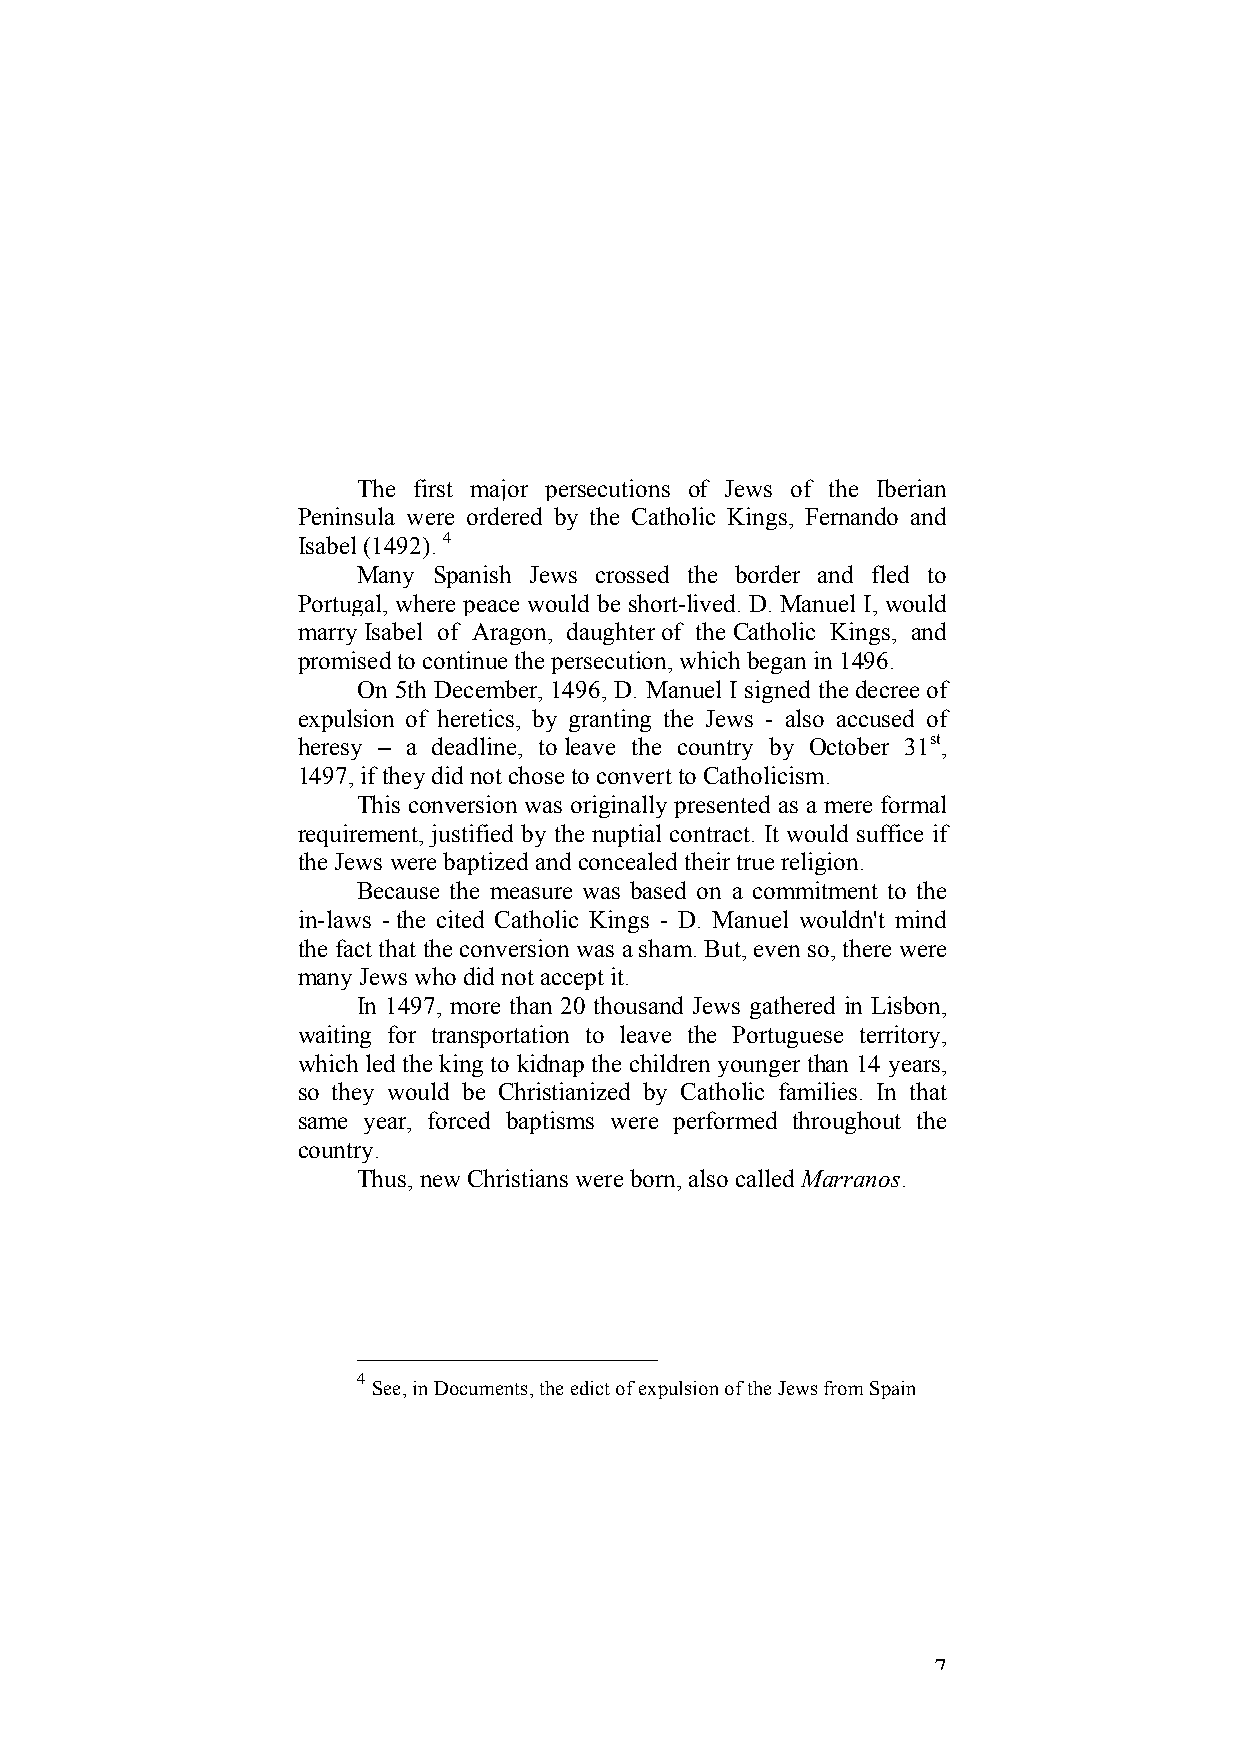
The first major persecutions of Jews of the Iberian
 Peninsula were ordered by the Catholic Kings, Fernando and
 Isabel (1492). 4
 Many Spanish Jews crossed the border and fled to
 Portugal, where peace would be short-lived. D. Manuel I, would
 marry Isabel of Aragon, daughter of the Catholic Kings, and
 promised to continue the persecution, which began in 1496.
 On 5th December, 1496, D. Manuel I signed the decree of
 expulsion of heretics, by granting the Jews - also accused of
 heresy – a deadline, to leave the country by October 31st,
 1497, if they did not chose to convert to Catholicism.
 This conversion was originally presented as a mere formal
 requirement, justified by the nuptial contract. It would suffice if
 the Jews were baptized and concealed their true religion.
 Because the measure was based on a commitment to the
 in-laws - the cited Catholic Kings - D. Manuel wouldn't mind
 the fact that the conversion was a sham. But, even so, there were
 many Jews who did not accept it.
 In 1497, more than 20 thousand Jews gathered in Lisbon,
 waiting for transportation to leave the Portuguese territory,
 which led the king to kidnap the children younger than 14 years,
 so they would be Christianized by Catholic families. In that
 same year, forced baptisms were performed throughout the
 country.
 Thus, new Christians were born, also called Marranos.
 4
 See, in Documents, the edict of expulsion of the Jews from Spain
 7